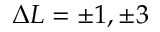
\Delta L = \pm 1 , \pm 3